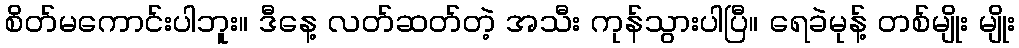
စိတ်မကောင်းပါဘူး။ ဒီနေ့ လတ်ဆတ်တဲ့ အသီး ကုန်သွားပါပြီ။ ရေခဲမုန့် တစ်မျိုး မျိုး